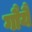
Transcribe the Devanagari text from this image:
गौर्यै